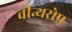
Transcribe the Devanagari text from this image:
वीन्थरोप